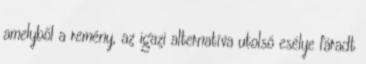
amely­ből a remény, az igazi alternatíva utolsó esélye fáradt